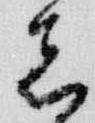
者